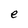
Character: e